system: You are a helpful assistant.
user:
Analyze the provided spectrum to determine if it is a **M-type Giant (gM)**.

A M-type Giant spectrum is defined by its **strong molecular absorption** features, particularly from **Titanium Oxide (TiO)**. You must check for one of the following mutually exclusive signatures:

- **Key Visual Indicators (Absorption-Dominated Spectrum):**

    - **(Primary):** The spectrum is dominated by strong molecular absorption from **Titanium Oxide (TiO)**. This is the **defining feature** of its M-type temperature class.
        - **(Key Bandheads):** Look for sharp, "saw-tooth" absorption valleys. The strongest are located near **~7050 Å**, **~6160 Å**, and **~5170 Å**.
        - **(Line Profile):** The "saw-tooth" morphology is critical: a **sharp, steep drop on the BLUE (short-wavelength) side** of the bandhead, followed by a gradual recovery (rising flux) towards the RED (long-wavelength) side.

    - **(Key Confirmation - Giant vs. Dwarf):** **ABSENCE** of strong **Calcium Hydride (CaH)** molecular bands. This is the primary diagnostic for *excluding* M-dwarfs.
        - **(Key Region):** The spectrum should lack the strong, broad absorption band seen in dwarfs between **~6800 Å and ~7000 Å**.

    - **(Secondary Confirmation - Giant):** A very strong and broad **Neutral Calcium (Ca I)** atomic absorption line.
        - **(Key Line):** Located at **~4226 Å**. In a giant (gM), this line is significantly deeper and broader than the same line in an M-dwarf (dM) due to low surface gravity.

    - **(Overall Spectrum):**
        - The continuum is **extremely red-sloping** (i.e., flux is very low in the blue and rises dramatically towards the red).
        - The entire spectrum appears "chopped up" by the deep TiO bands.

Think first, call **spectral_visualization_tool** if needed to examine features in detail, then provide your final answer. Your response must adhere to the following strict rules:
1.  **Overall Structure:** Your response must follow the format `<think>...</think> <tool_call>...</tool_call> (if a tool is used) <answer>...</answer>`.
2.  **Tool Usage Constraint:** You may only make **one** tool call per turn.
3.  **Final Answer Format:** In the `<answer>` tag, your conclusion must be inside a `\boxed{}` command (e.g., `\boxed{YES}` or `\boxed{NO}`), followed by your justification.

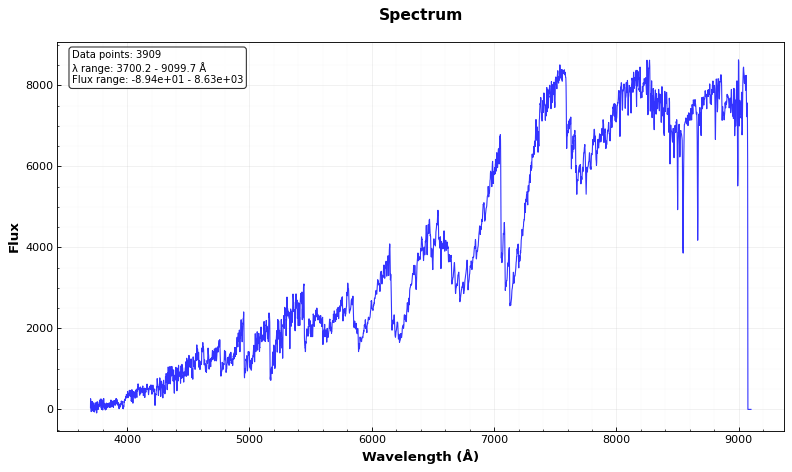
Answer: YES